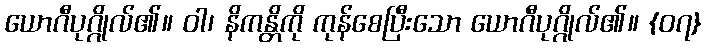
ယောဂီပုဂ္ဂိုလ်၏။ ဝါ၊ နိကန္တိကို ကုန်စေပြီးသော ယောဂီပုဂ္ဂိုလ်၏။ {၀၇}